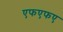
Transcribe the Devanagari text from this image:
एफएफए